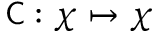
{ \mathsf { C } } : \chi \mapsto \chi